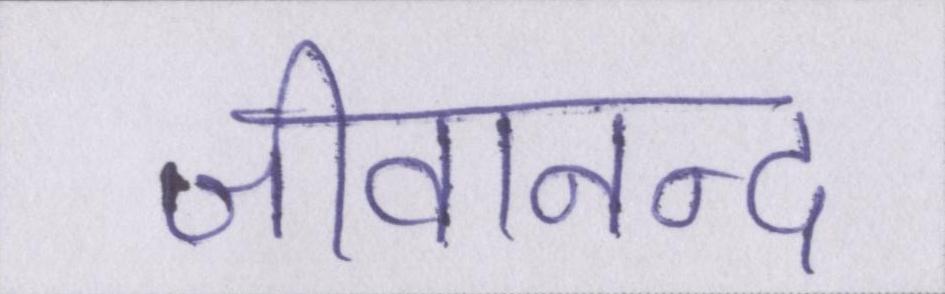
जीवानन्द